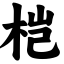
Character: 桤